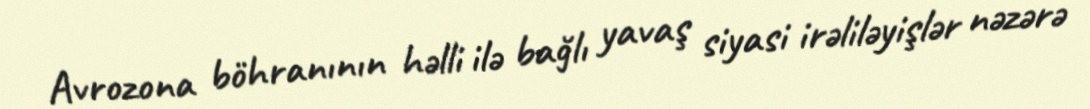
Avrozona böhranının həlli ilə bağlı yavaş siyasi irəliləyişlər nəzərə